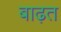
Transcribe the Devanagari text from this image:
बाढ़त